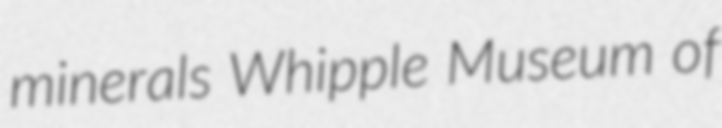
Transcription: minerals Whipple Museum of